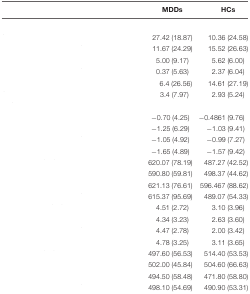
<table><thead><tr><td colspan="2">[EMPTY_CELL]</td><td><b>MDDs</b></td><td><b>HCs</b></td></tr></thead><tbody><tr><td colspan="2">[EMPTY_CELL]</td></tr><tr><td>[EMPTY_CELL]</td><td>[EMPTY_CELL]</td><td>27.42 (18.87)</td><td>10.36 (24.58)</td></tr><tr><td>[EMPTY_CELL]</td><td>[EMPTY_CELL]</td><td>11.67 (24.29)</td><td>15.52 (26.63)</td></tr><tr><td>[EMPTY_CELL]</td><td>[EMPTY_CELL]</td><td>5.00 (9.17)</td><td>5.62 (6.00)</td></tr><tr><td>[EMPTY_CELL]</td><td>[EMPTY_CELL]</td><td>0.37 (5.63)</td><td>2.37 (6.04)</td></tr><tr><td>[EMPTY_CELL]</td><td>[EMPTY_CELL]</td><td>6.4 (26.56)</td><td>14.61 (27.19)</td></tr><tr><td>[EMPTY_CELL]</td><td>[EMPTY_CELL]</td><td>3.4 (7.97)</td><td>2.93 (5.24)</td></tr><tr><td colspan="2">[EMPTY_CELL]</td></tr><tr><td>[EMPTY_CELL]</td><td>[EMPTY_CELL]</td><td>-0.70 (4.25)</td><td>-0.4861 (9.76)</td></tr><tr><td>[EMPTY_CELL]</td><td>[EMPTY_CELL]</td><td>-1.25 (6.29)</td><td>-1.03 (9.41)</td></tr><tr><td>[EMPTY_CELL]</td><td>[EMPTY_CELL]</td><td>-1.05 (4.92)</td><td>-0.99 (7.27)</td></tr><tr><td>[EMPTY_CELL]</td><td>[EMPTY_CELL]</td><td>-1.65 (4.89)</td><td>-1.57 (9.42)</td></tr><tr><td>[EMPTY_CELL]</td><td>[EMPTY_CELL]</td><td>620.07 (78.19)</td><td>487.27 (42.52)</td></tr><tr><td>[EMPTY_CELL]</td><td>[EMPTY_CELL]</td><td>590.80 (59.81)</td><td>498.37 (44.62)</td></tr><tr><td>[EMPTY_CELL]</td><td>[EMPTY_CELL]</td><td>621.13 (76.61)</td><td>596.467 (88.62)</td></tr><tr><td>[EMPTY_CELL]</td><td>[EMPTY_CELL]</td><td>615.37 (95.69)</td><td>489.07 (54.33)</td></tr><tr><td>[EMPTY_CELL]</td><td>[EMPTY_CELL]</td><td>4.51 (2.72)</td><td>3.10 (3.96)</td></tr><tr><td>[EMPTY_CELL]</td><td>[EMPTY_CELL]</td><td>4.34 (3.23)</td><td>2.63 (3.60)</td></tr><tr><td>[EMPTY_CELL]</td><td>[EMPTY_CELL]</td><td>4.47 (2.78)</td><td>2.00 (3.42)</td></tr><tr><td>[EMPTY_CELL]</td><td>[EMPTY_CELL]</td><td>4.78 (3.25)</td><td>3.11 (3.65)</td></tr><tr><td>[EMPTY_CELL]</td><td>[EMPTY_CELL]</td><td>497.60 (56.53)</td><td>514.40 (53.53)</td></tr><tr><td>[EMPTY_CELL]</td><td>[EMPTY_CELL]</td><td>502.00 (45.84)</td><td>504.60 (66.63)</td></tr><tr><td>[EMPTY_CELL]</td><td>[EMPTY_CELL]</td><td>494.50 (58.48)</td><td>471.80 (58.80)</td></tr><tr><td>[EMPTY_CELL]</td><td>[EMPTY_CELL]</td><td>498.10 (54.69)</td><td>490.90 (53.31)</td></tr></tbody></table>